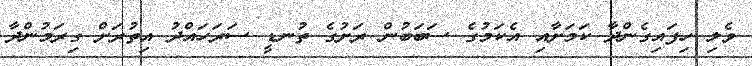
ވެލި ހިފައިގެންދާ ކަމަށާއި އެކަމުގެ ސަބަބުން ރަށުގެ ތުނޑީ ސަރަހައްދު އިތުރަށް ގިރަމުންދާ